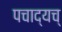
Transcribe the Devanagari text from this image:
पचाद्यच्